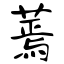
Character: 蔫